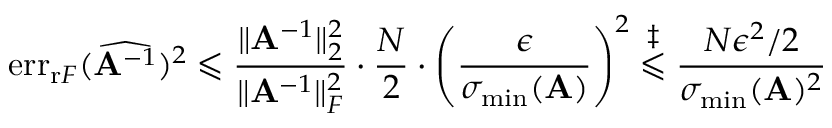
\mathrm { e r r } _ { \mathrm { r } F } ( \widehat { \mathbf { A } ^ { - 1 } } ) ^ { 2 } \leqslant \frac { \| \mathbf { A } ^ { - 1 } \| _ { 2 } ^ { 2 } } { \| \mathbf { A } ^ { - 1 } \| _ { F } ^ { 2 } } \cdot \frac { N } { 2 } \cdot \left( \frac { \epsilon } { \sigma _ { \mathrm { m i n } } ( \mathbf { A } ) } \right) ^ { 2 } \overset { \ddagger } { \leqslant } \frac { N \epsilon ^ { 2 } / 2 } { \sigma _ { \mathrm { m i n } } ( \mathbf { A } ) ^ { 2 } }